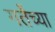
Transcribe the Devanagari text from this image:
गर्तेच्या